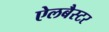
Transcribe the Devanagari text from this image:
ऐलबैस्टर